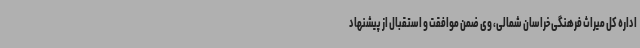
اداره کل میراث فرهنگی خراسان شمالی، وی ضمن موافقت و استقبال از پیشنهاد